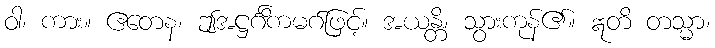
ဝါ၊ ကား။ ဧတေန၊ ဤအဋ္ဌင်္ဂိကမဂ်ဖြင့်။ အယန္တိ၊ သွားကုန်၏။ ဣတိ တသ္မာ၊